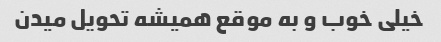
خیلی خوب و به موقع همیشه تحویل میدن